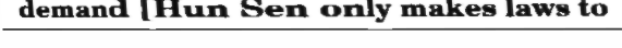
demand [Hun Sen only makes laws to